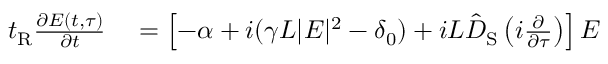
\begin{array} { r l } { t _ { \mathrm { R } } \frac { \partial E ( t , \tau ) } { \partial t } } & { { } = \left[ - \alpha + i ( \gamma L | E | ^ { 2 } - \delta _ { 0 } ) + i L \hat { D } _ { \mathrm { S } } \left( i \frac { \partial } { \partial \tau } \right) \right] E } \end{array}